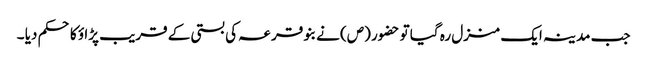
جب مدینہ ایک منزل رہ گیا تو حضور (ص) نے بنو قر عہ کی بستی کے قریب پڑا ؤ کا حکم دیا ۔